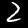
Label: 2